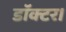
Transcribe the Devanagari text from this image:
डाॅक्टर।